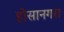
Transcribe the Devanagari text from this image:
होसानगरा